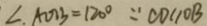
\angle A O B = 1 2 0 ^ { \circ } \because C D / / O B